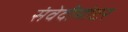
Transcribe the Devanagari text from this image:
संवेदीमोटर